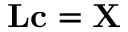
\mathbf { L } \mathbf { c } = \mathbf { X }